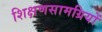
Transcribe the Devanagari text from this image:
शिक्षणसामग्रियों